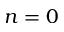
n = 0